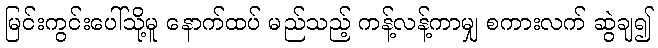
မြင်းကွင်းပေါ်သို့မူ နောက်ထပ် မည်သည့် ကန့်လန့်ကာမျှ စကားလက် ဆွဲချ၍